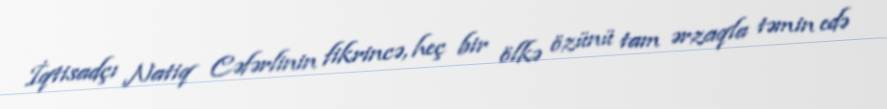
İqtisadçı Natiq Cəfərlinin fikrincə, heç bir ölkə özünü tam ərzaqla təmin edə